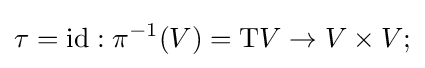
\tau =\mathrm {id} :\pi ^{-1}(V)=\mathrm {T} V\to V\times V;